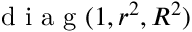
\mathrm { ~ d ~ i ~ a ~ g ~ } ( 1 , r ^ { 2 } , R ^ { 2 } )